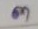
ต